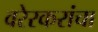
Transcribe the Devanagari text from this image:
वरेरकरांचा